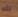
الأمر